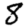
Digit: 8